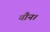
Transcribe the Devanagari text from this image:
यौन।